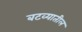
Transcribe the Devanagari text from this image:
बटव्यातील